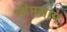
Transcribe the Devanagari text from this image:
भीमग्राम